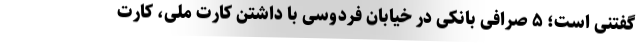
گفتنی است؛ ۵ صرافی بانکی در خیابان فردوسی با داشتن کارت ملی، کارت